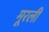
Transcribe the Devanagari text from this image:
मूरली